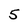
Character: 5